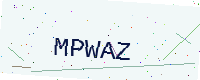
Text: MPWAZ